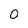
Character: 0